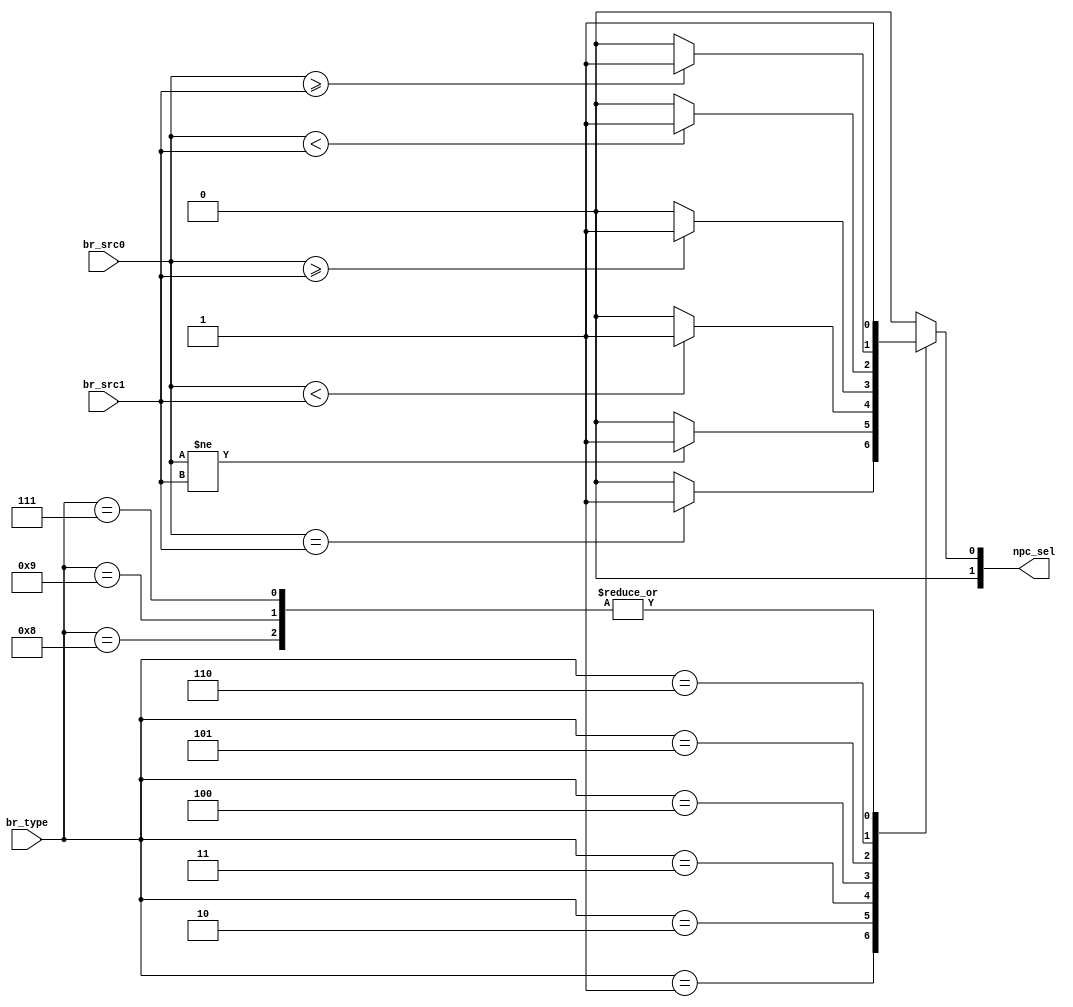
`define beq      4'b0001
`define bne      4'b0010
`define blt      4'b0011
`define bge      4'b0100
`define bltu     4'b0101
`define bgeu     4'b0110
`define jirl     4'b0111
`define b        4'b1000
`define bl       4'b1001

module BRANCH(
    input                   [ 3 : 0]            br_type,

    input                   [31 : 0]            br_src0,
    input                   [31 : 0]            br_src1,

    output      reg         [ 1 : 0]            npc_sel
);

reg signed [31:0] a_signed;
reg signed [31:0] b_signed;
always @(*) begin
    a_signed = $signed(br_src0);
    b_signed = $signed(br_src1);
end

always @(*) begin
    case (br_type)
        `beq:begin
            if(br_src0 == br_src1)begin
                npc_sel = 2'b01;
            end
            else 
                npc_sel = 2'b00;
        end
        `bne:begin
            if(br_src0 != br_src1)begin
                npc_sel = 2'b01;
            end
            else 
                npc_sel = 2'b00;
        end
        `blt:begin
            if(a_signed < b_signed)begin
                npc_sel = 2'b01;
            end
            else 
                npc_sel = 2'b00;
        end
        `bge:begin
            if(a_signed >= b_signed)begin
                npc_sel = 2'b01;
            end
            else 
                npc_sel = 2'b00;
        end
        `bltu:begin
            if(br_src0 < br_src1)begin
                npc_sel = 2'b01;
            end
            else 
                npc_sel = 2'b00;
        end
        `bgeu:begin
            if(br_src0 >= br_src1)begin
                npc_sel = 2'b01;
            end
            else 
                npc_sel = 2'b00;
        end

//--------------------------------------
    
        `b:begin
            npc_sel = 2'b01;
        end
        `bl:begin
            npc_sel = 2'b01;
        end
        `jirl:begin
            npc_sel = 2'b01;
        end
        default: begin
            npc_sel = 2'b00;
        end
    endcase
end

endmodule